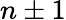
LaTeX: n\pm 1